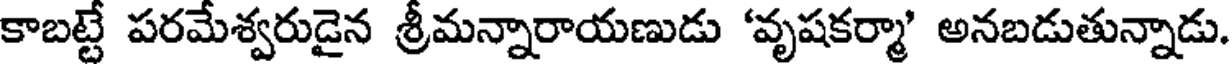
కాబట్టే పరమేశ్వరుడైన శ్రీమన్నారాయణుడు 'వృషకర్మా' అనబడుతున్నాడు.